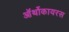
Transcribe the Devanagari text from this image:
ऑर्थोकायरस